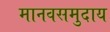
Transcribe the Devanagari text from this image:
मानवसमुदाय